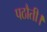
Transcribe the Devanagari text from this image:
पठौती।